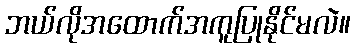
ဘယ်လိုအထောက်အကူပြုနိုင်မလဲ။